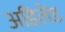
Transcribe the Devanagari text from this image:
अडिलेड